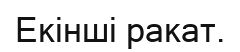
Екінші ракат.